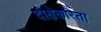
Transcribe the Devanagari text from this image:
दीक्षेकरिता